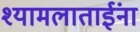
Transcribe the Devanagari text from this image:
श्यामलाताईंना